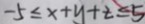
- 5 \leq x + y + z \leq 5